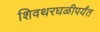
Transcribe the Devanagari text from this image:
शिवथरघळीपर्यंत